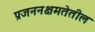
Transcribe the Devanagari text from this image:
प्रजननक्षमतेतील